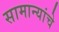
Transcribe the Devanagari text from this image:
सामान्यांचे